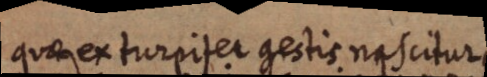
quae ex turpiter gestis nascitur